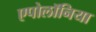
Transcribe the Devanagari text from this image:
एपोलॉनिया